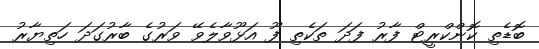
ބޮޑެތި ކޮންކްރީޓް ފާރު ފަދަ ތަކެތި ފޫ އަޅޫވާލެވޭ ވަރުގެ ބާރުގަދަ ހަތިޔާރު